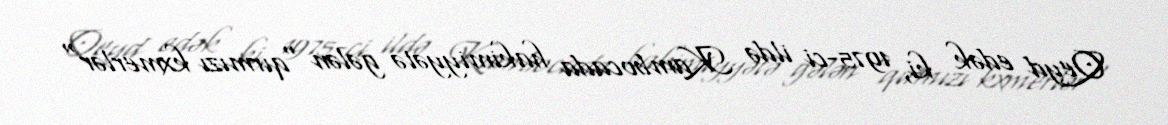
Qeyd edək ki, 1975-ci ildə Kambocada hakimiyyətə gələn "qırmızı kxmerlər"